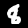
Label: 8